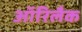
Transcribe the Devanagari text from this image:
ऑरिलैक